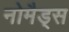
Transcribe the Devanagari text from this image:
नोमैड्स